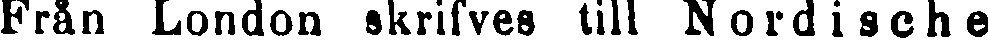
Från London skrifves till Nordische